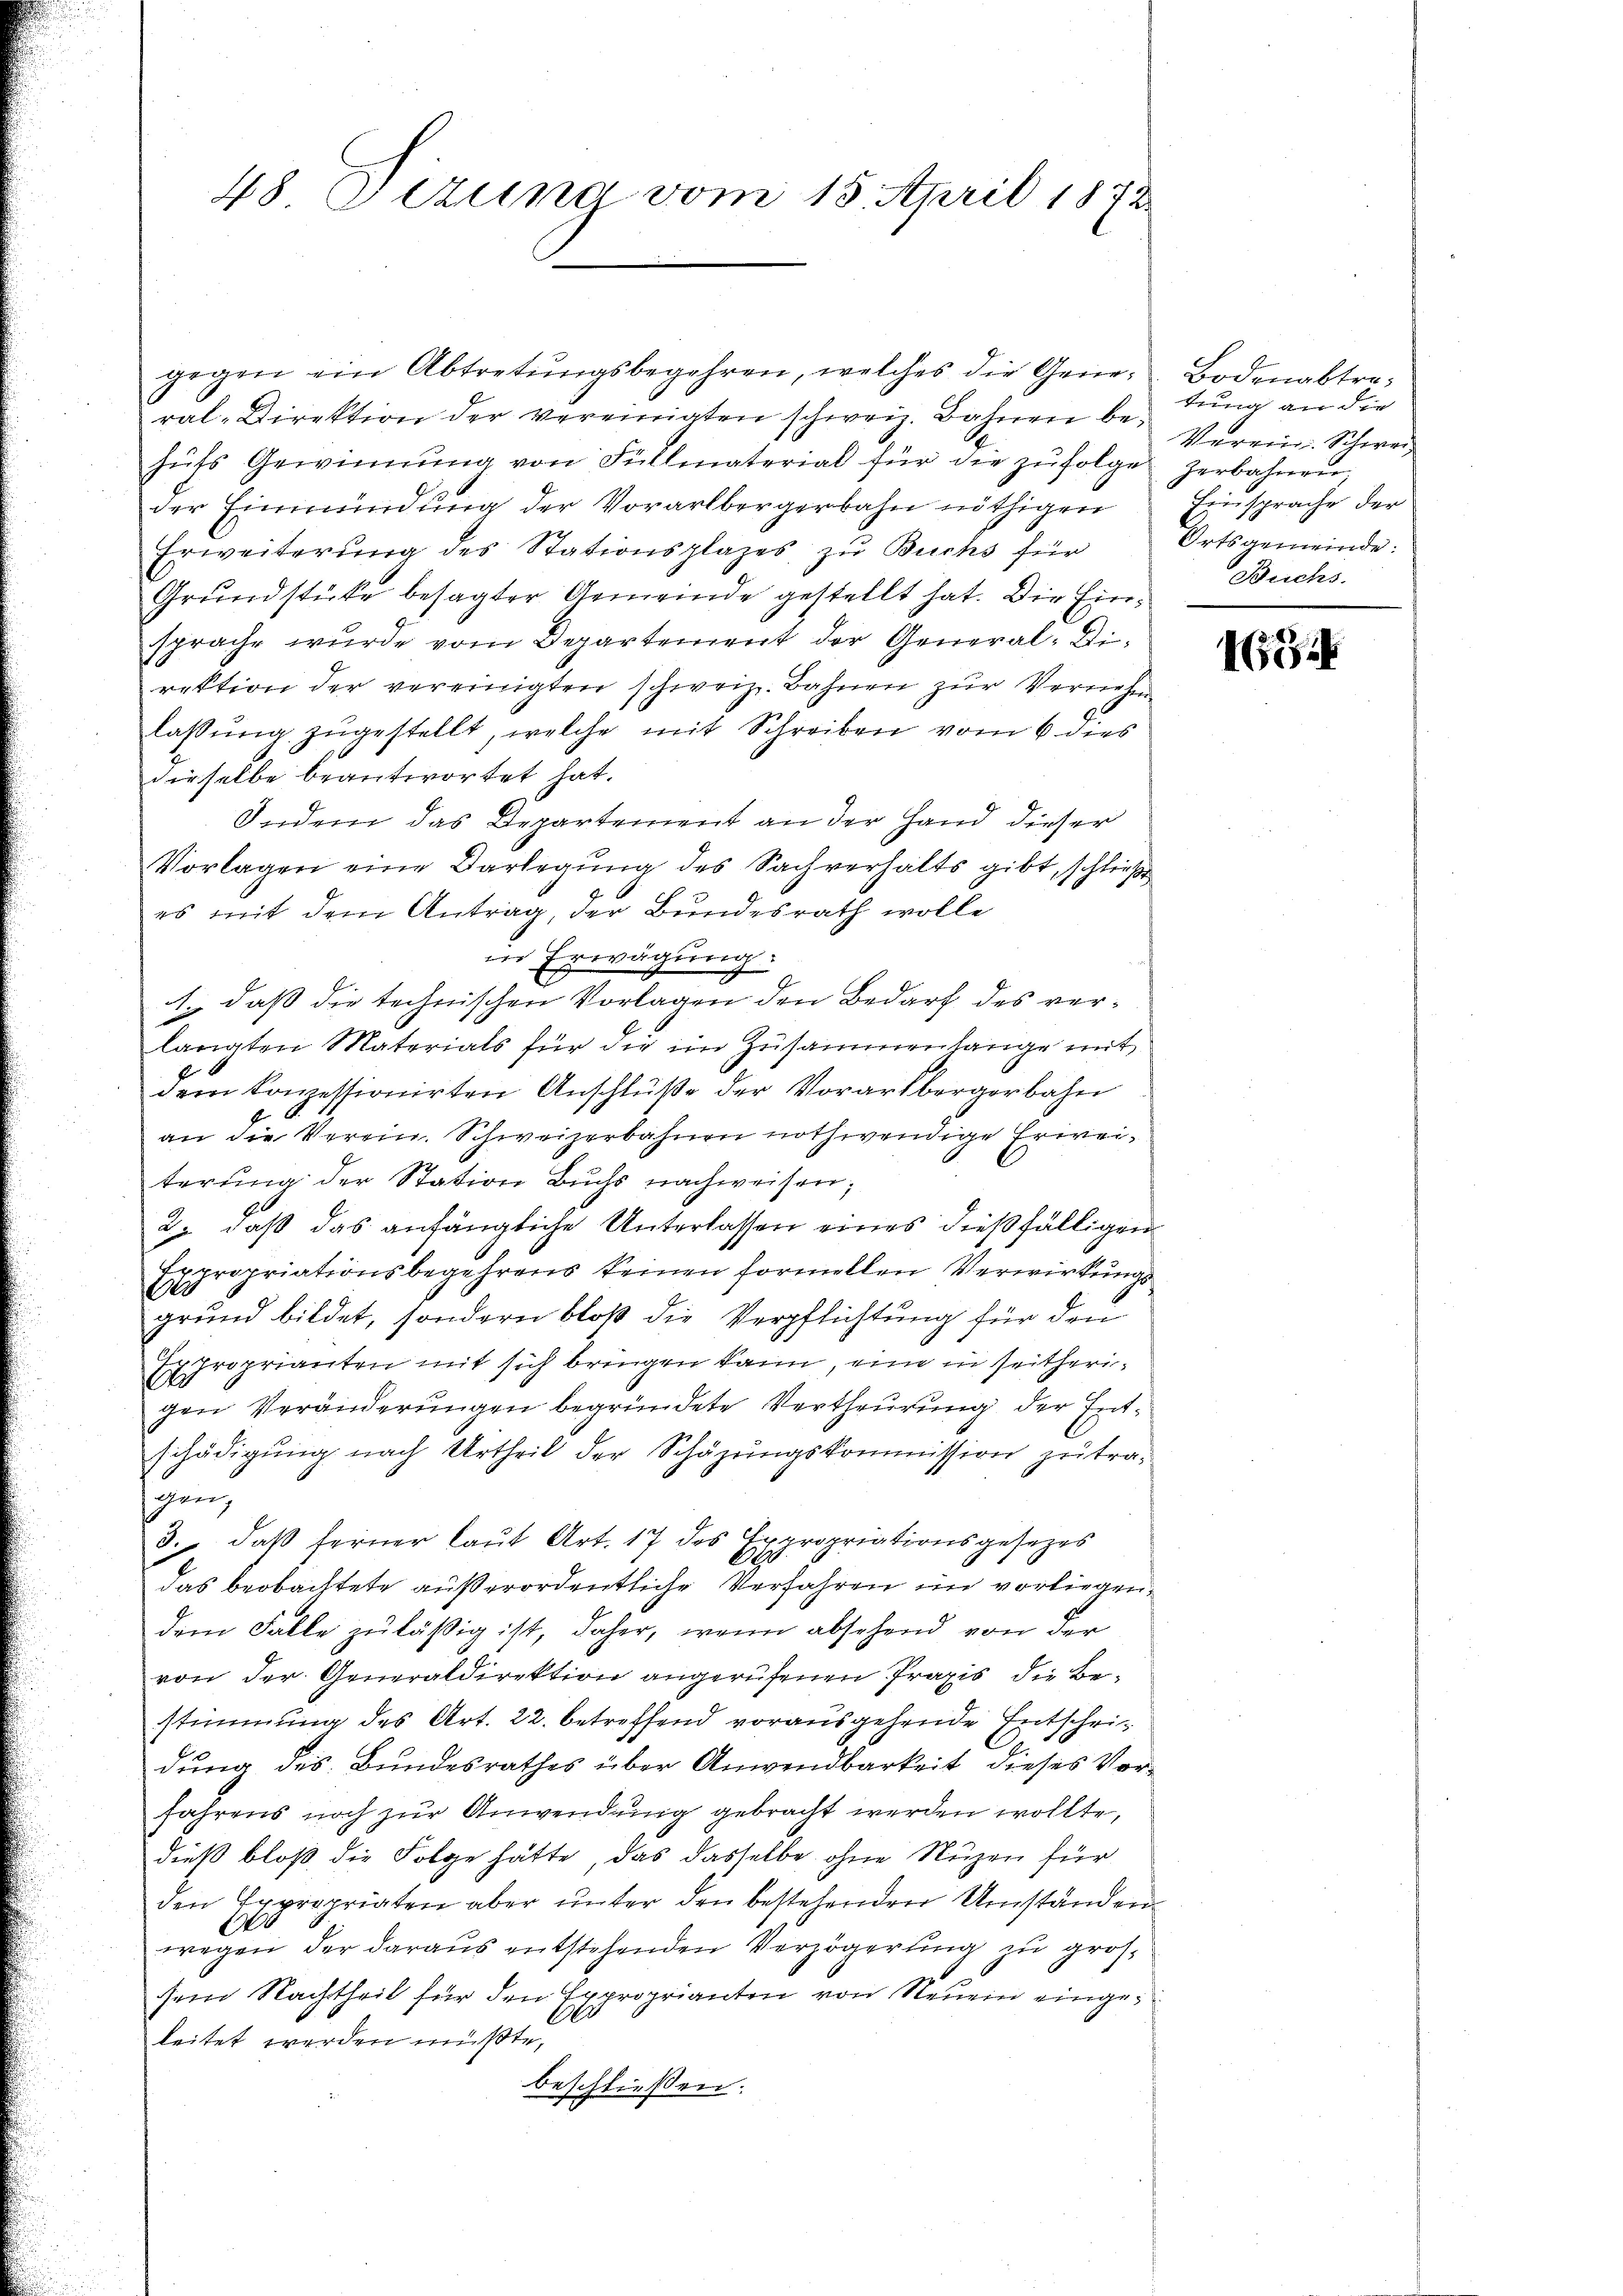
48 Octung vom 15. April 1872

gegen ein Abtretŭngsbegehren, welches die Gene-Bodenabtra-
ral-Direktion der vereinigten schweiz. Bahnen behŭfs Gewinnung von Füllmaterial für die zŭfolge zerbahnen,
der Einmündung der Vorarlbergerbahn nöthigen
Erweiterung des Stationsplazes zu Buchs für
Grundstücke besagter Gemeinde gestellt hat. Die Einsprache wurde vom Departement der General-Direktion der vereinigten schweiz. Bahnen zur Vernehm
lassŭng zŭgestellt, welche mit Schreiben vom 6. dies
dieselbe beantwortet hat.
Indem das Departement an der Hand dieser
Vorlagen eine Darlegung des Sachverhalts gibt, schließ
es mit dem Antrag, der Bundesrath wolle
in Erwägung.
1., daß die technischen Vorlagen den Bedarf des verlangten Materials für die im Zusammenlange mit
dem Konzessionirten Anschlüße der Vorarlbergerbahn
an die Verein. Schweizerbahnen nothwendige Erweiterung der Station Buchs nachweisen;
2. daß das anfängliche Unterlassen eines dießfälligen
Ecropriationsbegehrens keinen formellen Verwirkungs
grund bildet, sondern bloß die Verpflichtung für den
J. proprianten mit sich bringen kann, eine in seitheri¬
An
gen Veränderungen begründete Vertheurung der Entschädigung nach Urtheil der Schazungskommission zutragen,
3. daβ ferner laŭt Art. 17 des Expropriationsgesezes
das beobachtete außerordentliche Verfahren im vorliegendem Falle zuläßig ist, daher, wenn absehend von der
von der Generaldirektion angerufenen Praxis die Be-
stimmung des Art. 22. betreffend vorausgehende Entschridung des Bundesrathes über Anwendbarkeit dieses Vorfahrens noch zur Anwendung gebracht werden wollte,
dieß bloß die Folge hätte, das dasselbe ohne Nuzen für
den Expropriaten aber unter den bestehenden Umständen¬
0
wegen der daraus entstehenden Verzögerung zu großsem Nachtheil für den Exproprianten von Neuen einge¬
.
leitet werden müßte,
beschliessen:

tung an die
Verein Schweiz
Einsprache der
Ortsgemeinde:
Buchs.

1654